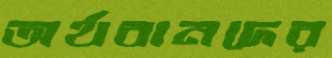
অর্থবানদের